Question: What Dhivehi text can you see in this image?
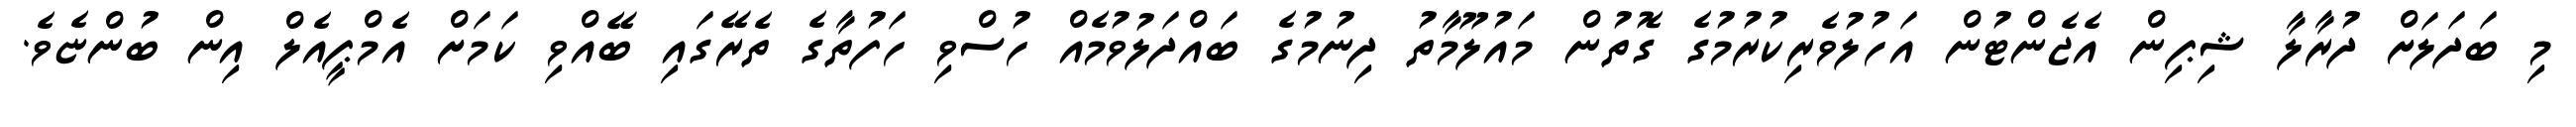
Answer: މި ބަދަލަށް ދުރާލާ ޝިޕިން އެޖެންޓުން އަހުލުވެރިކުރުމުގެ ގޮތުން މައުލޫމާތު ދިނުމުގެ ބައްދަލުވުމެއް ހުސްވި ހަފުތާގެ ތެރޭގައި ބޭއްވި ކަމަށް އެމްޕީއެލް އިން ބުންޏެވެ.